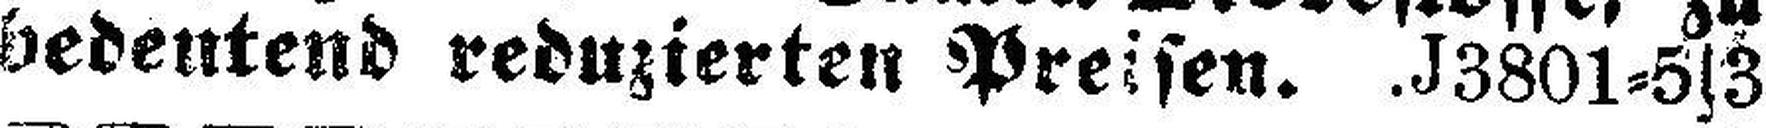
bedeutend reduzierten Preisen. J3801=5|3